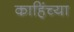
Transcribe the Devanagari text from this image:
काहिंच्या